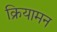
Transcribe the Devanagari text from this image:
क्रियामन